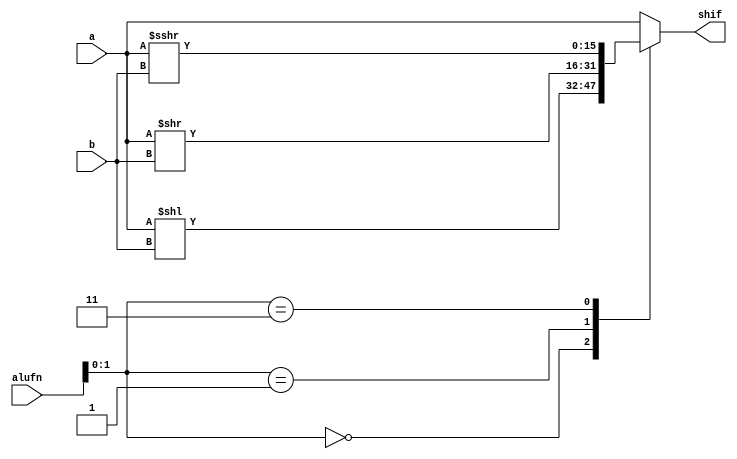
module shift_8 (
    input [5:0] alufn,
    input [15:0] a,
    input [15:0] b,
    output reg [15:0] shif
  );
  
  
  
  always @* begin
    
    case (alufn[0+1-:2])
      2'h0: begin
        shif = a << b;
      end
      2'h1: begin
        shif = a >> b;
      end
      2'h3: begin
        shif = $signed(a) >>> b;
      end
      default: begin
        shif = a;
      end
    endcase
  end
endmodule